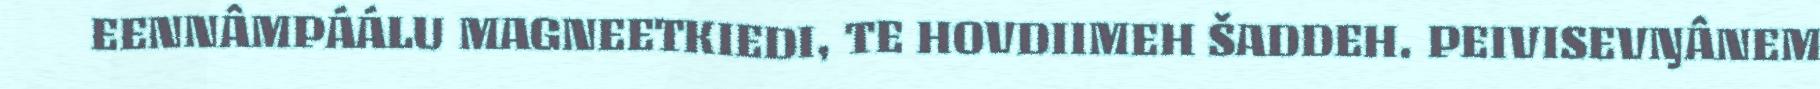
EENNÂMPÁÁLU MAGNEETKIEDI, TE HOVDIIMEH ŠADDEH. PEIVISEVŊÂNEM